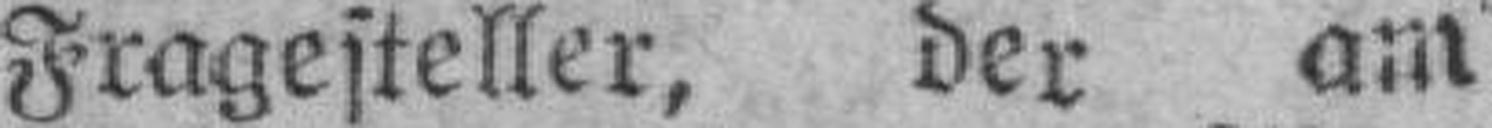
Fragesteller, der am